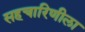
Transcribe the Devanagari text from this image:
सहचारिणीला